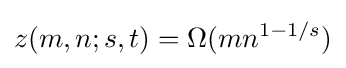
z(m,n;s,t)=\Omega (mn^{1-1/s})